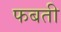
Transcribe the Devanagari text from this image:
फबती